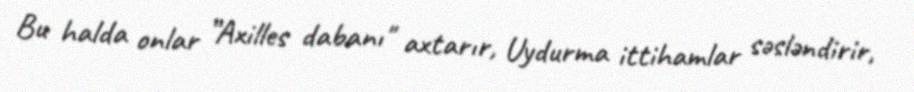
Bu halda onlar ”Axilles dabanı" axtarır, Uydurma ittihamlar səsləndirir,